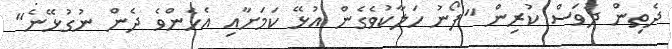
ދެތިން ދުވަސް ކުރިން "ފޯނު ހަލާކުވެގެން އުޅޭ ކަމަށާއި އެހެންވެ ދެން ނުގުޅޭނެ"